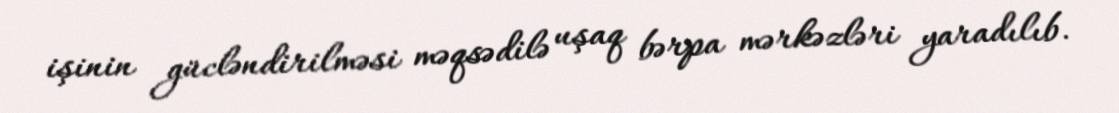
işinin gücləndirilməsi məqsədilə uşaq bərpa mərkəzləri yaradılıb.